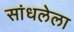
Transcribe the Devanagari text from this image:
सांधलेला